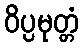
ဝိပ္ပမုတ္တံ